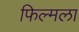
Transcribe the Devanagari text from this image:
फिल्मला